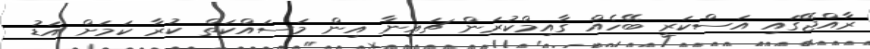
ރާއްޖޭގައި އަސްކަރީ ބޭހެއް ގާއިމްކުރަން ޗައިނާ އިން މަސައްކަތް ކުރާ ކަމަށް އަޑު